65_HS1-834228961_62-HQ-83894_Section_8
Agency: FBI
Page 76
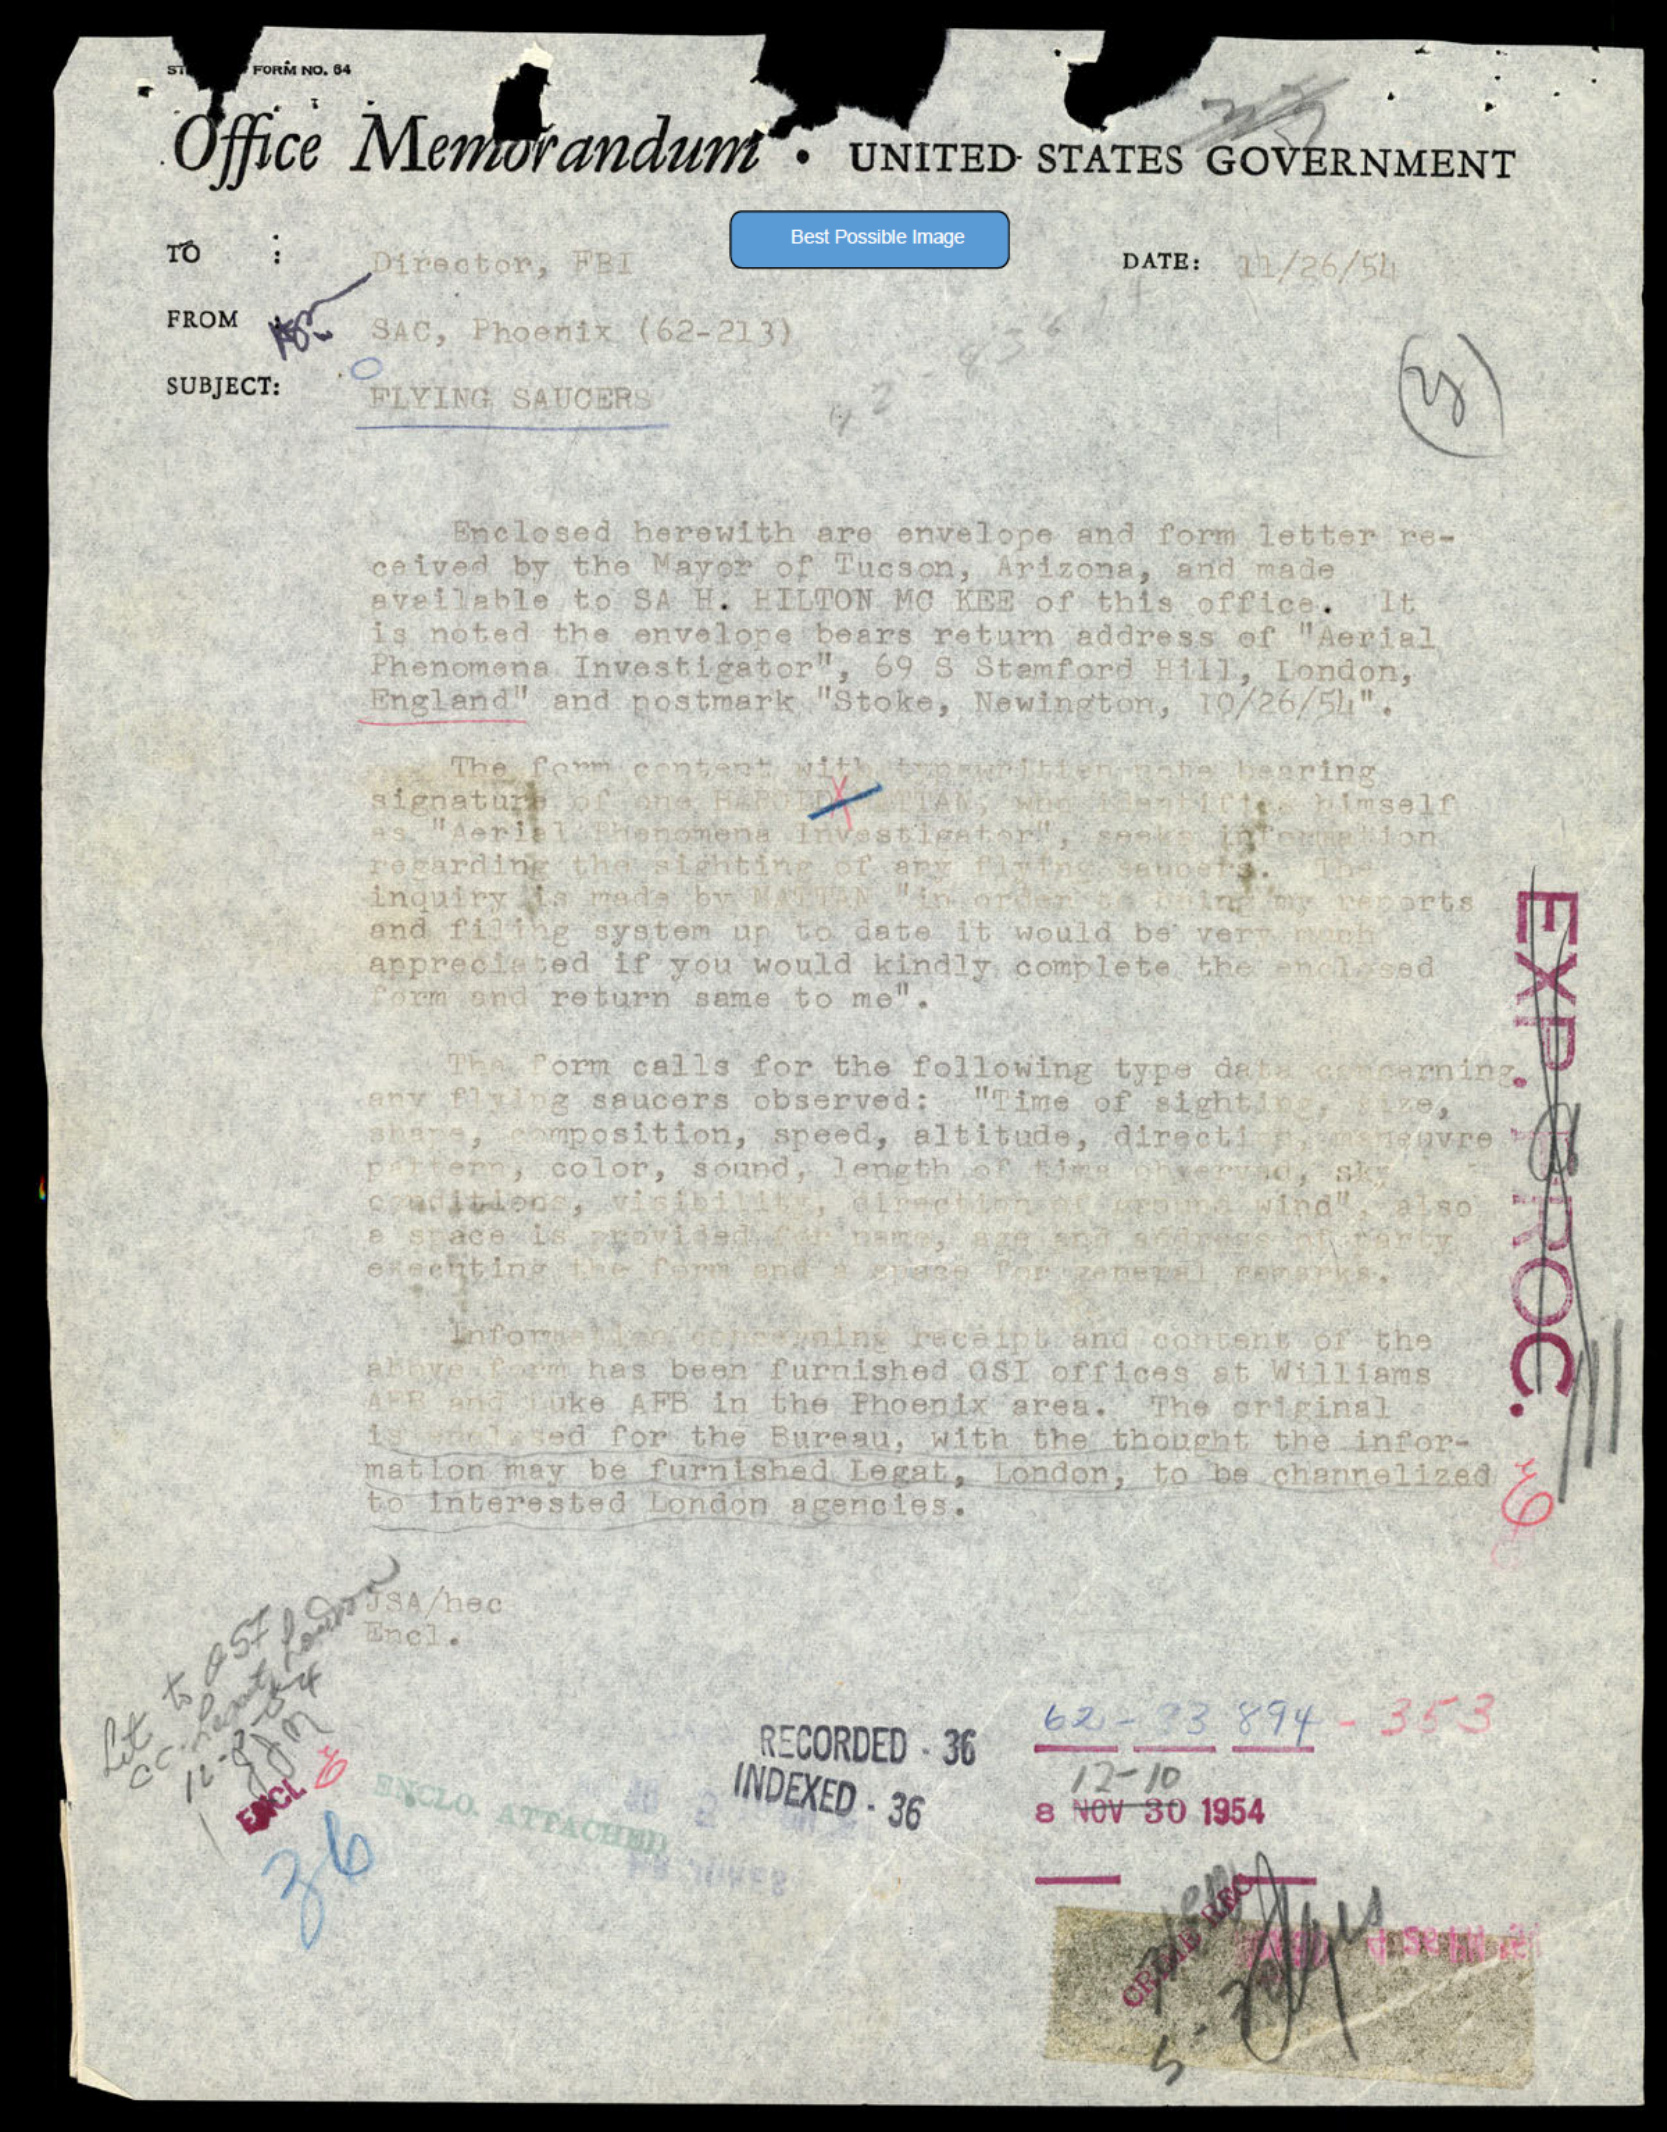